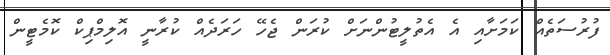
ފުރުސަތެއް ކަމަށާއި އެ އެތުލީޓުންނަށް ކުރަން ޖެހޭ ހަރަދެއް ކުރާނީ އޮލިމްޕިކް ކޮމެޓީން